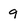
Character: 9